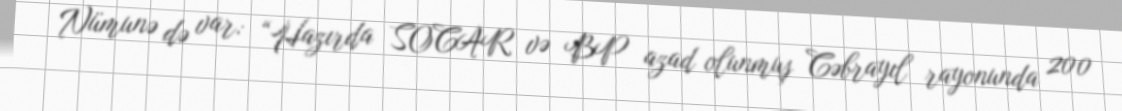
Nümunə də var: “Hazırda SOCAR və BP azad olunmuş Cəbrayıl rayonunda 200